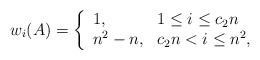
LaTeX: \begin{align*} w_i(A) = \left\{ \begin{array}{ll} 1, & 1 \le i \le c_2n \\ n^2 - n, & c_2n < i \le n^2 , \end{array} \right. \end{align*}